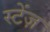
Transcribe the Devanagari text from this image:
स्टेंज़